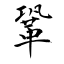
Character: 鞏